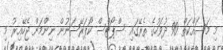
މި މަސައްކަތް 90 ދުވަހުގެ ތެރޭގައި ސްޕޯޓްސް ކޯޕަރޭޝަނުން ނިންމަން ޖެހޭއިރު މި